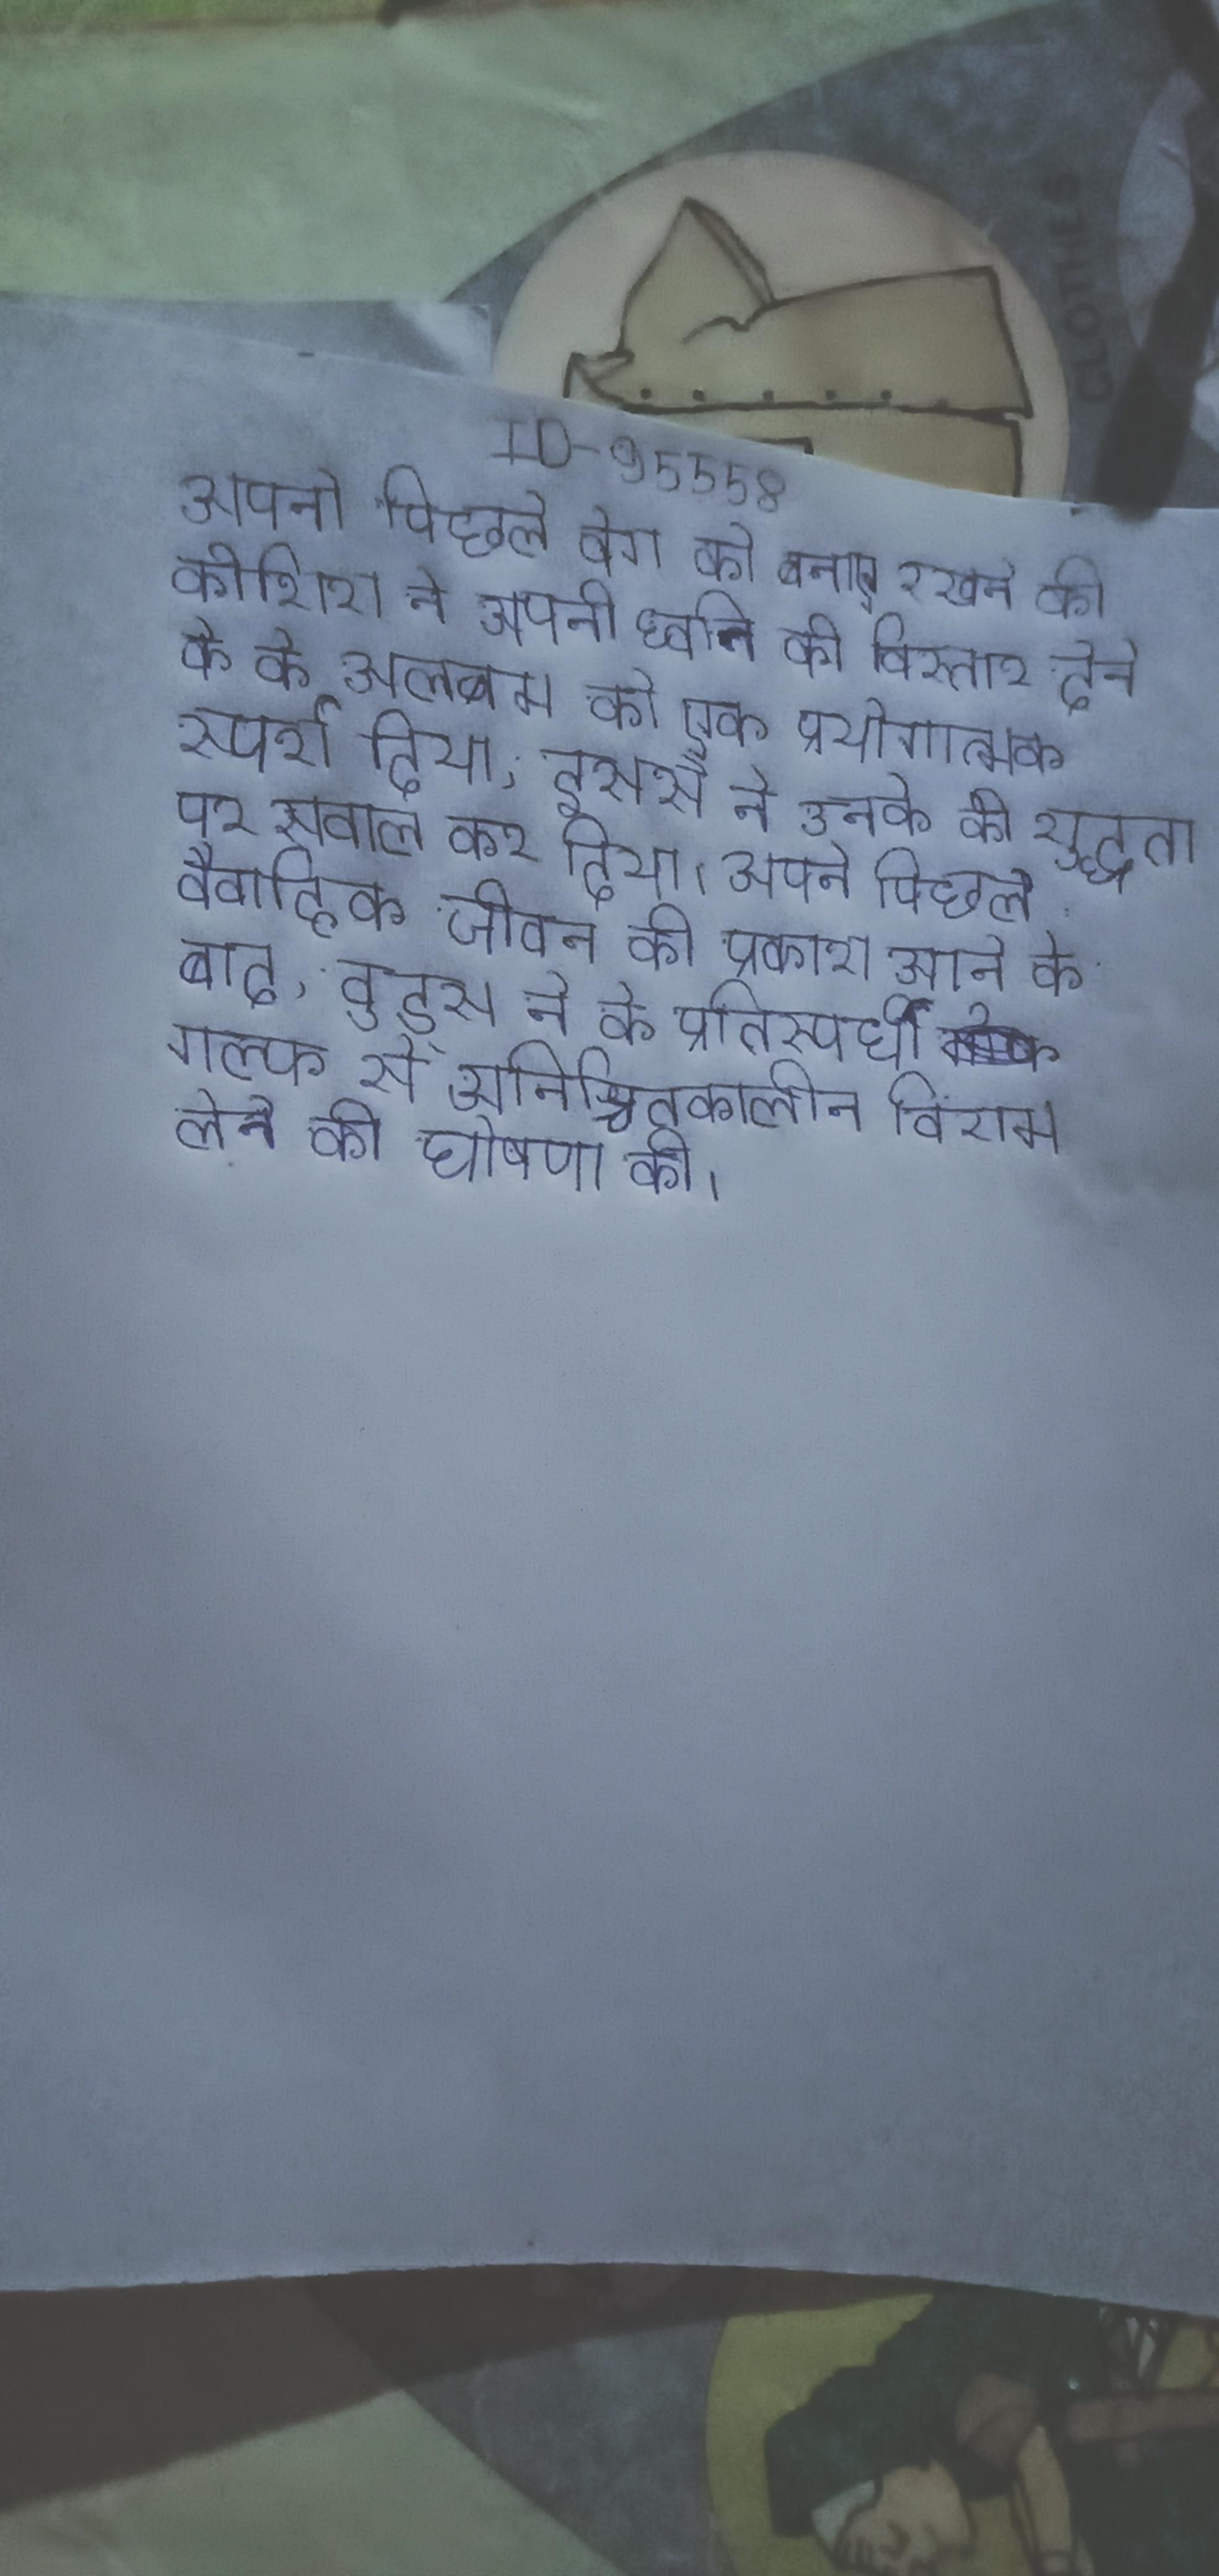
अपने पिछले वेग को बनाए रखने की कोशिश ने अपनी ध्वनि को विस्तार देने के के अलबम को एक प्रयोगात्मक स्पर्श दिया, इससे ने उनके की शुद्धता पर सवाल कर दिया । अपने पिछले वैवाहिक जीवन की प्रकाश आने के बाद, वुड्स ने के प्रतिस्पर्धी गोल्फ से अनिश्चितकालीन विराम लेने की घोषणा की ।